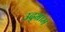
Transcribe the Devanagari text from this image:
उद्भ्राम